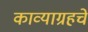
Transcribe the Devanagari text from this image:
काव्याग्रहचे